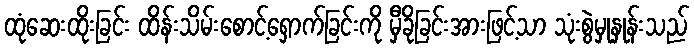
ထုံဆေးထိုးခြင်း ထိန်းသိမ်းစောင့်ရှောက်ခြင်းကို မှီခိုခြင်းအားဖြင့်သာ သုံးစွဲမှုနှုန်းသည်